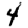
Digit: 4